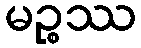
မဉ္စဿ